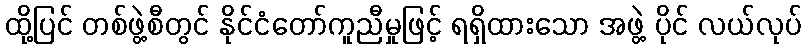
ထို့ပြင် တစ်ဖွဲ့စီတွင် နိုင်ငံတော်ကူညီမှုဖြင့် ရရှိထားသော အဖွဲ့ ပိုင် လယ်လုပ်